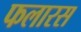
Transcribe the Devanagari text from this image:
फलारस